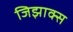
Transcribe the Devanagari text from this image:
जिझाक्स